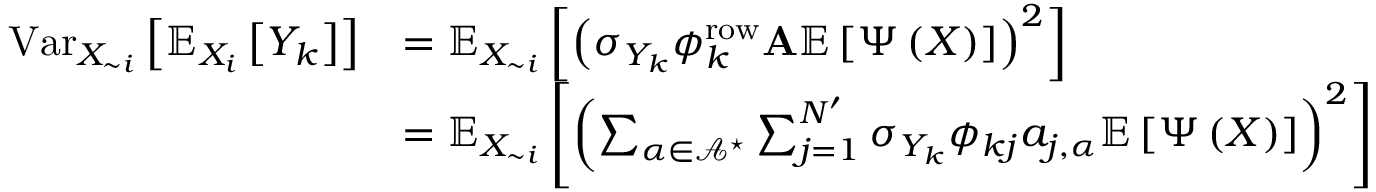
\begin{array} { r l } { \operatorname { V a r } _ { X _ { \sim i } } \left[ \mathbb { E } _ { X _ { i } } \left[ Y _ { k } \right] \right] } & { = \mathbb { E } _ { X _ { \sim i } } \left[ \left( \sigma _ { Y _ { k } } \boldsymbol { \phi } _ { k } ^ { \mathrm { r o w } } \mathbf { A } \mathbb { E } \left[ \boldsymbol { \Psi } \left( \boldsymbol { X } \right) \right] \right) ^ { 2 } \right] } \\ & { = \mathbb { E } _ { X _ { \sim i } } \left[ \left( \sum _ { \boldsymbol { \alpha } \in \mathcal { A } ^ { \star } } \sum _ { j = 1 } ^ { N ^ { \prime } } \sigma _ { Y _ { k } } \phi _ { k j } a _ { j , \boldsymbol { \alpha } } \mathbb { E } \left[ \boldsymbol { \Psi } \left( \boldsymbol { X } \right) \right] \right) ^ { 2 } \right] } \end{array}